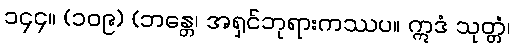
၁၄၄။ (၁၀၉) (ဘန္တေ၊ အရှင်ဘုရားကဿပ။ ဣဒံ သုတ္တံ၊